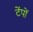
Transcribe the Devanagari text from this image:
टेंपों